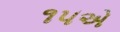
૧૫એ